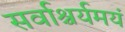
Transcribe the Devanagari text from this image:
सर्वाश्चर्यमयं